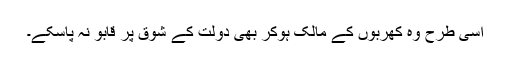
اسی طرح وہ کھربوں کے مالک ہوکر بھی دولت کے شوق پر قابو نہ پاسکے۔